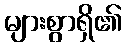
များစွာရှိ၏